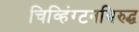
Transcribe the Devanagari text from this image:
चिव्हिंग्टनविरुद्ध